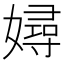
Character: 㜦